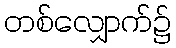
တစ်လျှောက်၌